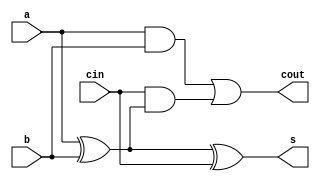
module fulladder(
    input a, b,cin,
    output s, cout
    );
    assign s= a^b^cin;
    assign cout=(a & b) | cin & (a^b);
endmodule

module fa_tb();
reg a,b,cin;
wire s,cout;
fulladder f(a,b,cin,s,cout);
initial
    begin
     $dumpfile("fulladder.vcd");
     $dumpvars;
    end
 always begin
        #0 a=0;
        b=1;
        cin=0;
        #2 $display($time,"A=%b , B=%b, CIN=%b  S=%b, COUT=%b", a,b,cin ,s ,cout);
        #4  a=1;
        b=1;
        cin=0;
        #6 $display($time,"A=%b , B=%b, CIN=%b  S=%b, COUT=%b", a,b,cin ,s ,cout); 
        #8 $finish;
    end



endmodule